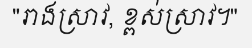
"រាងស្រាវ, ខ្ពស់ស្រាវ។"